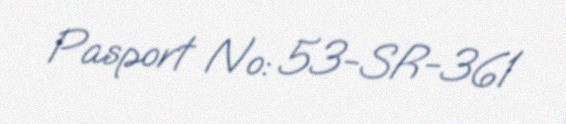
Pasport №: 53-SR-361